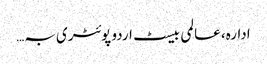
ادارہ، عالمی بیسٹ اردو پوئٹری بہ…